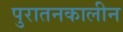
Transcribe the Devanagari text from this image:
पुरातनकालीन